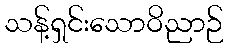
သန့်ရှင်းသောဝိညာဉ်